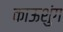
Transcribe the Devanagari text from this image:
काऊशुंग